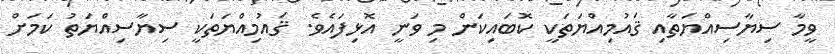
ވީމާ ސިޔާސިއްޔަތާއި ޤައުމިއްޔަތަކީ ކޮބައިކަން މި ވަނީ އޮޅިފައެވެ. ޤައުމިއްޔަތަކީ ސިޔާސިއްޔަތު ކަމަށް